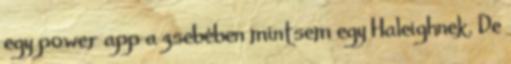
egy power app a zsebében mintsem egy Haleighnek. De